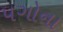
પગોના